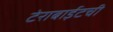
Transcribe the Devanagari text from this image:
टेराबाईटची